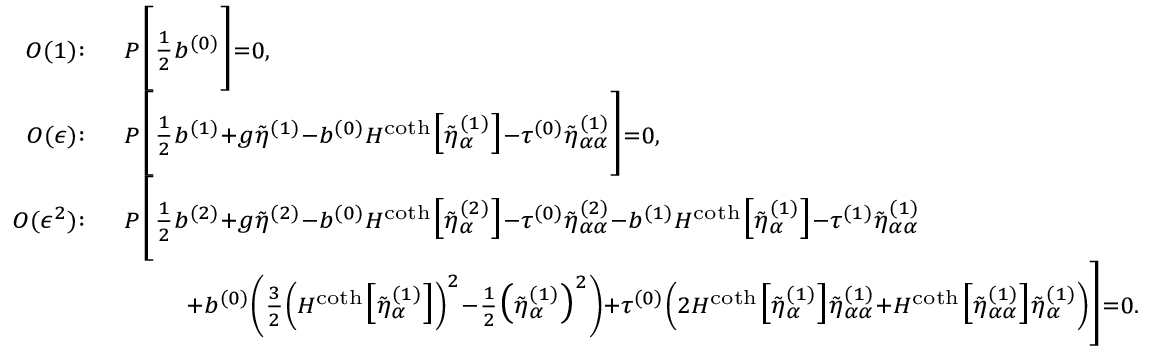
\begin{array} { r l } { { \scriptstyle O ( 1 ) : } } & { \, { \scriptstyle P \bigg [ \frac { 1 } { 2 } b ^ { ( 0 ) } \bigg ] = 0 , } } \\ { { \scriptstyle O ( \epsilon ) : } } & { \, { \scriptstyle P \bigg [ \frac { 1 } { 2 } b ^ { ( 1 ) } + g \tilde { \eta } ^ { ( 1 ) } - b ^ { ( 0 ) } H ^ { \coth } \big [ \tilde { \eta } _ { \alpha } ^ { ( 1 ) } \big ] - \tau ^ { ( 0 ) } \tilde { \eta } _ { \alpha \alpha } ^ { ( 1 ) } \bigg ] = 0 , } } \\ { { \scriptstyle O ( \epsilon ^ { 2 } ) : } } & { \, { \scriptstyle P \bigg [ \frac { 1 } { 2 } b ^ { ( 2 ) } + g \tilde { \eta } ^ { ( 2 ) } - b ^ { ( 0 ) } H ^ { \coth } \big [ \tilde { \eta } _ { \alpha } ^ { ( 2 ) } \big ] - \tau ^ { ( 0 ) } \tilde { \eta } _ { \alpha \alpha } ^ { ( 2 ) } - b ^ { ( 1 ) } H ^ { \coth } \big [ \tilde { \eta } _ { \alpha } ^ { ( 1 ) } \big ] - \tau ^ { ( 1 ) } \tilde { \eta } _ { \alpha \alpha } ^ { ( 1 ) } } } \\ & { { \scriptstyle \qquad + b ^ { ( 0 ) } \left( \frac { 3 } { 2 } \left( H ^ { \coth } \big [ \tilde { \eta } _ { \alpha } ^ { ( 1 ) } \big ] \right) ^ { 2 } - \frac { 1 } { 2 } \big ( \tilde { \eta } _ { \alpha } ^ { ( 1 ) } \big ) ^ { 2 } \right) + \tau ^ { ( 0 ) } \left( 2 H ^ { \coth } \big [ \tilde { \eta } _ { \alpha } ^ { ( 1 ) } \big ] \tilde { \eta } _ { \alpha \alpha } ^ { ( 1 ) } + H ^ { \coth } \big [ \tilde { \eta } _ { \alpha \alpha } ^ { ( 1 ) } \big ] \tilde { \eta } _ { \alpha } ^ { ( 1 ) } \right) \bigg ] = 0 . } } \end{array}